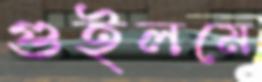
গুইলমে